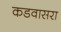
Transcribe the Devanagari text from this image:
कडवासरा